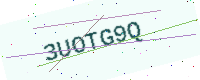
Text: 3UOTG9Q